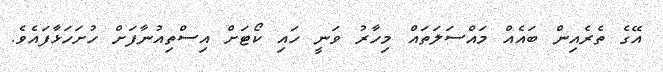
އޭގެ ތެރެއިން ބައެއް މައްސަލަތައް މިހާރު ވަނީ ހައި ކޯޓަށް އިސްތިއުނާފަށް ހުށަހަޅާފައެވެ.